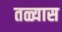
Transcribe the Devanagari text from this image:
तळ्यास